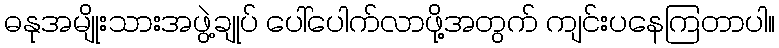
ဓနုအမျိုးသားအဖွဲ့ချုပ် ပေါ်ပေါက်လာဖို့အတွက် ကျင်းပနေကြတာပါ။